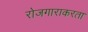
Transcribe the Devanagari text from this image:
रोजगाराकरता